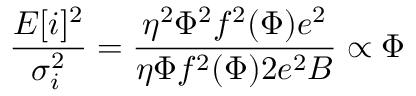
\frac { E [ i ] ^ { 2 } } { \sigma _ { i } ^ { 2 } } = \frac { \eta ^ { 2 } \Phi ^ { 2 } f ^ { 2 } ( \Phi ) e ^ { 2 } } { \eta \Phi f ^ { 2 } ( \Phi ) 2 e ^ { 2 } B } \propto \Phi